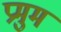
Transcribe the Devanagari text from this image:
प्रमुम